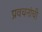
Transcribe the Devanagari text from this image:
प्रवचनांची